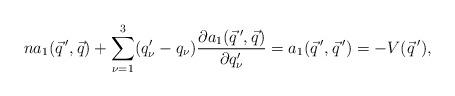
LaTeX: \begin{align*} na_1(\vec q\,',\vec q) + \sum_{\nu=1}^3 (q'_{\nu}-q_{\nu}) \frac{\partial a_1(\vec q\,',\vec q)}{\partial q'_{\nu}} = a_1(\vec q\,',\vec q\,')= -V(\vec q\,'),\end{align*}